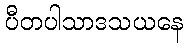
ပီတပါသာဒသယနေ